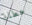
عطلة